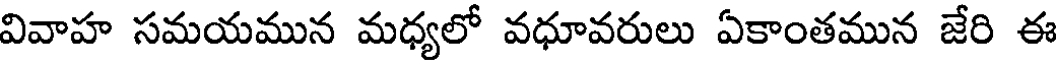
వివాహ సమయమున మధ్యలో వధూవరులు ఏకాంతమున జేరి ఈ